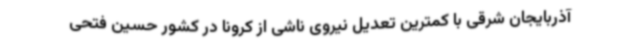
آذربایجان شرقی با کمترین تعدیل نیروی ناشی از کرونا در کشور حسین فتحی